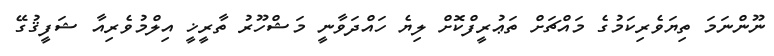
ނޫންނަމަ ތިޔަވެރިކަމުގެ މައްޗަށް ތަޢުރީފްކޮށް ލިޔެ ހައްދަވާނީ މަޝްހޫރު ތާރީޚީ އިލްމުވެރިއާ ޝަފީޤުގޭ